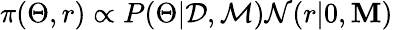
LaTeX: \pi(\Theta,r)\propto P(\Theta|\mathcal{D},\mathcal{M})\mathcal{N}(r|0,\mathbf{M})